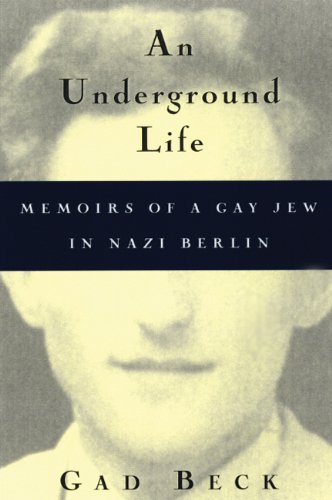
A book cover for An Underground Life: Memoirs of a Gay Jew in Nazi Berlin (Living Out: Gay and Lesbian Autobiog); Gad Beck; Gay & Lesbian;